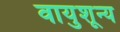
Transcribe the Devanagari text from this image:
वायुशून्य